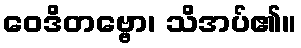
ဝေဒိတဗ္ဗော၊ သိအပ်၏။